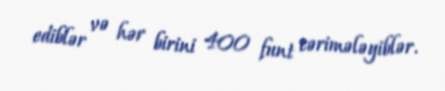
ediblər və hər birini 400 funt cərimələyiblər.